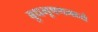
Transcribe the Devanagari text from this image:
बुधभूषणमध्ये